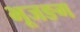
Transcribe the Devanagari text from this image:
भूजङग